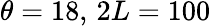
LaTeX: \theta=18,\, 2L=100